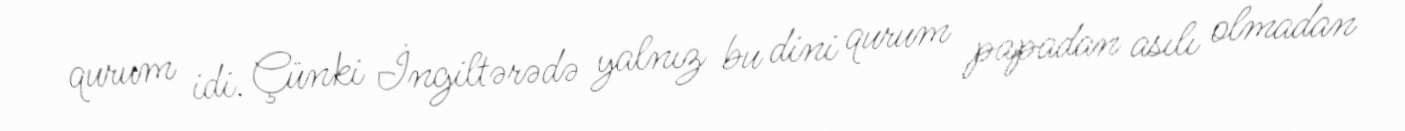
qurum idi. Çünki İngiltərədə yalnız bu dini qurum papadan asılı olmadan